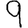
Digit: 9